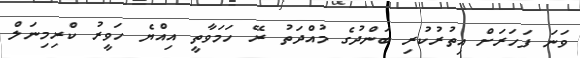
ވަނަ ފަހަރަށް އިތުރުކުރި ބަންދުގެ މުއްދަތު ރޭ ހަމަވާތީ އިއްޔެ ހަވީރު ކްރިމިނަލް